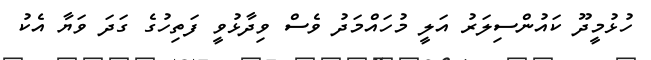
ހުޅުމީދޫ ކައުންސިލަރު އަލީ މުހައްމަދު ވެސް ވިދާޅުވީ ފަތިހުގެ ގަދަ ވަަޔާ އެކު